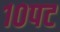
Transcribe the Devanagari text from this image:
१०पट